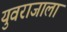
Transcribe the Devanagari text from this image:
युवराजाला